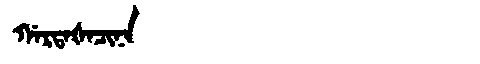
Manchu: ᡤᠠᡵᡨᠠᡧᠠᠴᡳᠨᠠ
Romanization: GARTAŠACINA